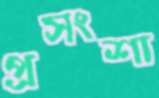
প্রসংশা